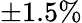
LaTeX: \pm 1.5\%